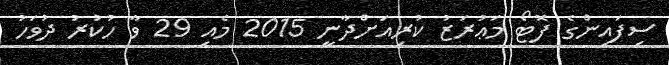
ސިފައިންގެ ފޮޓޯ މަޢުރަޒު ކުރިއަށްދާނީ 2015 މެއި 29 ވާ ހުކުރު ދުވަހު